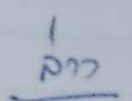
ล่าง